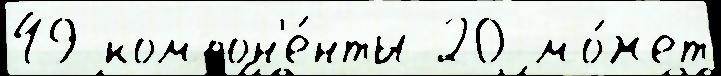
49 компон'е́нты 20 мо́жет